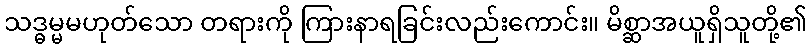
သဒ္ဓမ္မမဟုတ်သော တရားကို ကြားနာရခြင်းလည်းကောင်း။ မိစ္ဆာအယူရှိသူတို့၏